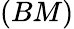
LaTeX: (BM)